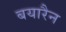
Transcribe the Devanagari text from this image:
बयारैन